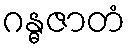
ဂန္ဓဇာတံ